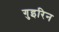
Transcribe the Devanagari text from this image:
गुइरिन